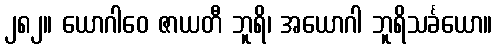
၂၈၂။ ယောဂါဝေ ဇာယတီ ဘူရိ၊ အယောဂါ ဘူရိသင်္ခယော။